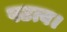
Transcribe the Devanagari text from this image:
पटत्व।